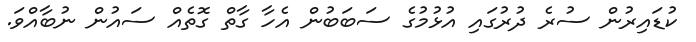
ކުޑައިރުން ސުރެ ދުރުގައި އުޅުމުގެ ސަބަބުން އެހާ ގާތް ގޮތެއް ސައުން ނުބާއްވަ.